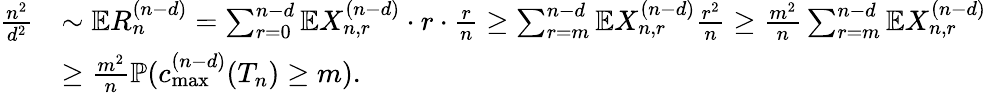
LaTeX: \begin{array}{rl}{\frac{n^{2}}{d^{2}}}&{\sim\mathbb{E}R_{n}^{(n-d)}=\sum_{r=0}^{n-d}\mathbb{E}X_{n,r}^{(n-d)}\cdot r\cdot\frac{r}{n}\geq\sum_{r=m}^{n-d}\mathbb{E}X_{n,r}^{(n-d)}\frac{r^{2}}{n}\geq\frac{m^{2}}{n}\sum_{r=m}^{n-d}\mathbb{E}X_{n,r}^{(n-d)}}\\ &{\geq\frac{m^{2}}{n}\mathbb{P}(c_{\operatorname*{max}}^{(n-d)}(T_{n})\geq m).}\end{array}